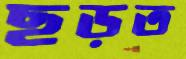
ছড়ত